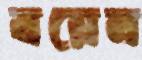
বয়েন